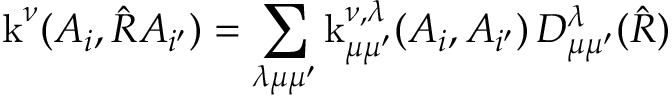
\operatorname { k } ^ { \nu } ( A _ { i } , \hat { R } A _ { i ^ { \prime } } ) = \sum _ { \lambda \mu \mu ^ { \prime } } \operatorname { k } _ { \mu \mu ^ { \prime } } ^ { \nu , \lambda } ( A _ { i } , A _ { i ^ { \prime } } ) \, D _ { \mu \mu ^ { \prime } } ^ { \lambda } ( \hat { R } )